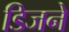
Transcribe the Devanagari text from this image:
डिजने